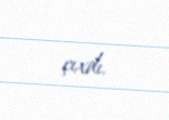
çıxdı.